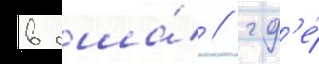
в сша́ / гд'е́